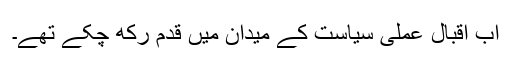
اب اقبال عملی سیاست کے میدان میں قدم رکھ چکے تھے۔